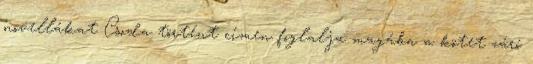
novellákat Csoda történt címen foglalja magába a kötet záró